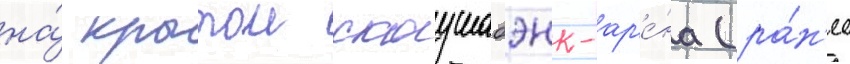
на́ крытои скоушабэнк-ар'е́на (ра́н'ее